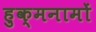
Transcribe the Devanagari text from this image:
हुक्मनामों